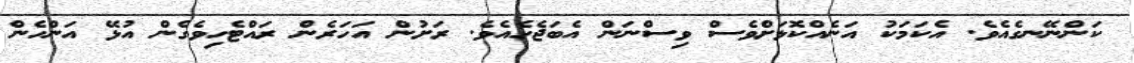
ކަންނޭނގެއެވެ. އެކަމަކު އަނެއްކޮޅަށްވެސް ވިސްނަން އެބަޖެހެއެވެ. ރަށުން އަހަރެން ރައްޓެހިވެގެން އުޅޭ އަންހެން